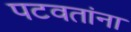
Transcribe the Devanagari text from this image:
पटवतांना